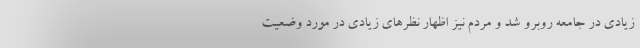
زیادی در جامعه روبرو شد و مردم نیز اظهار نظرهای زیادی در مورد وضعیت